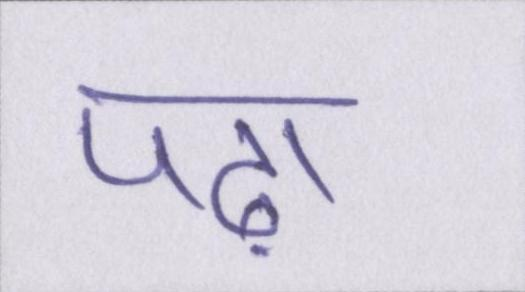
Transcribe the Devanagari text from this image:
पढ़ा